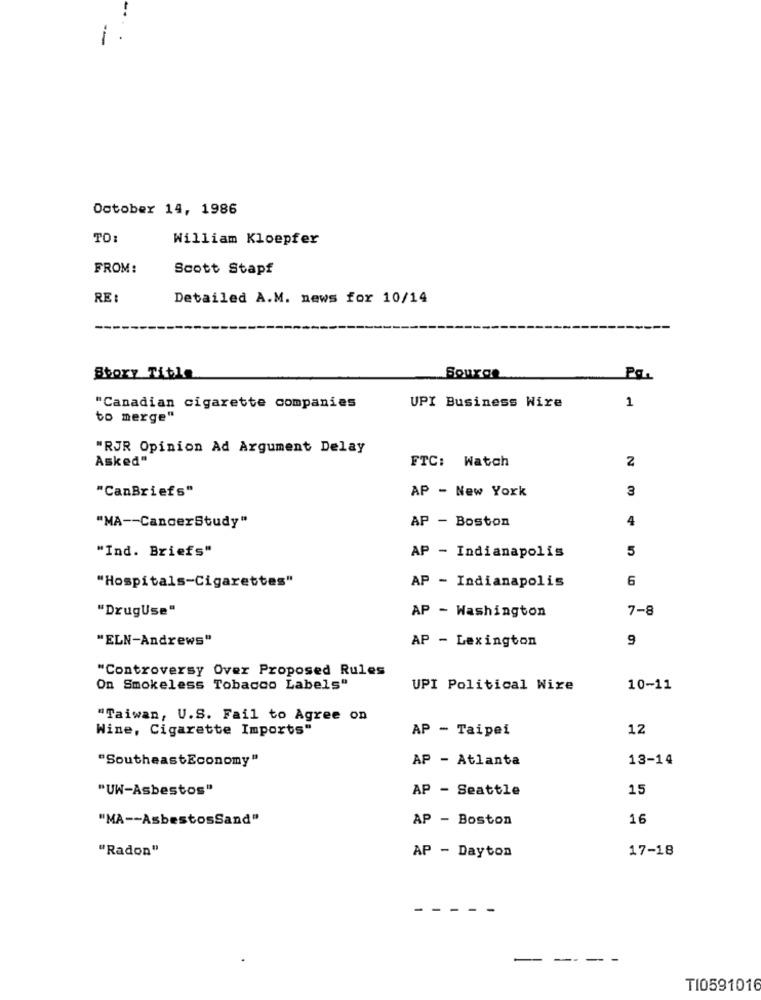
October 14, 1986
TO:
William Kloepfer
FROM:
Scott Stapf
RE :
Detailed A.M. news for 10/14
Story Title
Source
Pal
1
"Canadian cigarette companies
UPI Business Wire
to merge"
"RJR Opinion Ad Argument Delay
Asked"
FTC: Watch
2
"CanBriefs"
AP - New York
3
AP - Boston
4
"MA -- CancerStudy"
"Ind. Briefs"
AP - Indianapolis
5
"Hospitals-Cigarettes"
AP - Indianapolis
6
"DrugUse"
AP - Washington
7-8
"ELN-Andrews"
AP - Lexington
9
"Controversy Over Proposed Rules
On Smokeless Tobacco Labels"
UPI Political Wire
10-11
"Taiwan, U.S. Fail to Agree on
Wine, Cigarette Imports"
AP - Taipei
12
"SoutheastEconomy"
AP - Atlanta
13-14
"UW-Asbestos"
AP - Seattle
15
"MA -- AsbestosSand"
AP - Boston
16
"Radon"
17-18
AP - Dayton
---.
-
T10591016